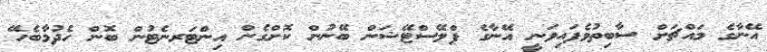
އޭނާގެ މައްޗަށް ސާބިތުވެފައިވަނީ އޭނާގެ ޕްލޭސްޓޭޝަން ބޭނުން ކޮށްގެން އިންޓަރނެޓުން ބޮން ހެދުމާބެހޭ